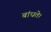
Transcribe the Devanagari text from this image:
बांधते।